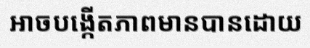
អាចបង្កើតភាពមានបានដោយ